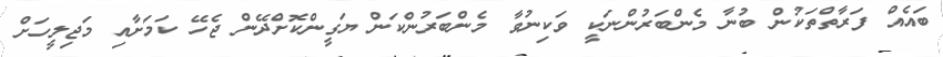
ބައެއް ފަރާތްތަކުން ބުނާ މެންބަރުންނަކީ ވަކިނުވާ މެންބަރުންކަން ޔަގީންކޮށްދޭން ޖެހޭ ކަމަށާއި މަޖިލީހަށް